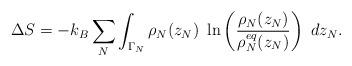
LaTeX: \begin{align*}\Delta S=-k_B \sum_N \int_{\Gamma_N}\rho_N(z_N)\ \ln\left(\frac{\rho_N(z_N)} {\rho_N^{eq}(z_N)}\right)\ dz_N.\end{align*}